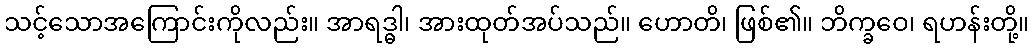
သင့်သောအကြောင်းကိုလည်း။ အာရဒ္ဓါ၊ အားထုတ်အပ်သည်။ ဟောတိ၊ ဖြစ်၏။ ဘိက္ခဝေ၊ ရဟန်းတို့။